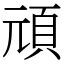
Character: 頑